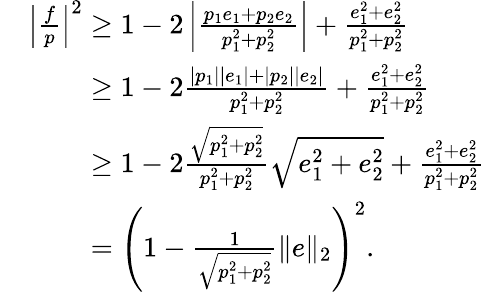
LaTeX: \begin{array}{rl}&{\left\vert\frac{f}{p}\right\vert^{2}\geq 1-2\left\vert\frac{p_{1}e_{1}+p_{2}e_{2}}{p_{1}^{2}+p_{2}^{2}}\right\vert+\frac{e_{1}^{2}+e_{2}^{2}}{p_{1}^{2}+p_{2}^{2}}}\\ &{\phantom{\left\vert\frac{f}{p}\right\vert^{2}}\geq 1-2\frac{|p_{1}|\vert e_{1}\vert+\vert p_{2}\vert\vert e_{2}\vert}{p_{1}^{2}+p_{2}^{2}}+\frac{e_{1}^{2}+e_{2}^{2}}{p_{1}^{2}+p_{2}^{2}}}\\ &{\phantom{\left\vert\frac{f}{p}\right\vert^{2}}\geq 1-2\frac{\sqrt{p_{1}^{2}+p_{2}^{2}}}{p_{1}^{2}+p_{2}^{2}}\sqrt{e_{1}^{2}+e_{2}^{2}}+\frac{e_{1}^{2}+e_{2}^{2}}{p_{1}^{2}+p_{2}^{2}}}\\ &{\phantom{\left\vert\frac{f}{p}\right\vert^{2}}=\left(1-\frac{1}{\sqrt{p_{1}^{2}+p_{2}^{2}}}\Vert{e}\Vert_{2}\right)^{2}.}\end{array}